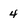
Character: 4